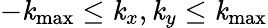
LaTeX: -\mathit{k}_{\mathrm{{max}}}\le\mathit{k}_{x},\mathit{k}_{y}\le\mathit{k}_{\mathrm{{max}}}